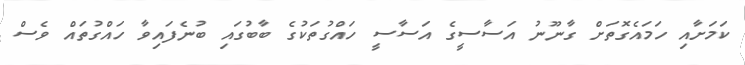
ކަމަށާއި ހަމައެގޮތަށް ގާނޫނު އަސާސީގެ އަސާސީ ހައްގުތަކުގެ ބާބުގައި ބުނެފައިވާ ހައްގުތައް ވެސް